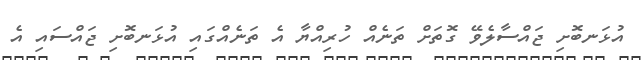
އުޅަނބޮށި ޖައްސާލެވޭ ގޮތަށް ތަނެއް ހުރިއްޔާ އެ ތަނެއްގައި އުޅަނބޮށި ޖައްސައި އެ